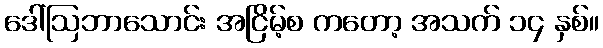
ဒေါ်ဩဘာသောင်း အငြိမ့်စ ကတော့ အသက် ၁၄ နှစ်။